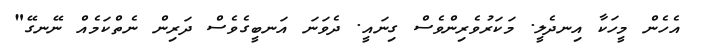
އެހެން މީހަކާ އިނދެލީ. މަކަރުވެރިންވެސް ގިނައީ. ދެވަނަ އަނބީގެވެސް ދަރިން ނެތްކަމެއް ނޭނގޭ"